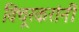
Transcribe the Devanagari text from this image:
विंचूरकरांनीं